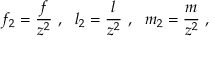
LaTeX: f _ { 2 } = \frac { f } { z ^ { 2 } } \ , \ \ l _ { 2 } = \frac { l } { z ^ { 2 } } \ , \ \ m _ { 2 } = \frac { m } { z ^ { 2 } } \ ,